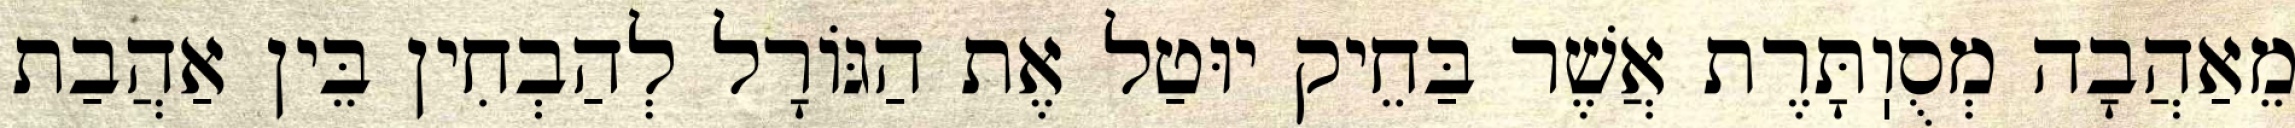
מֵאַהֲבָה מְסֻוֽתָּרֶת אֲשֶׁר בַּחֵיק יוּטַל אֶת הַגּוֹרָל לְהַבְחִין בֵּין אַהֲבַת